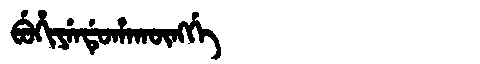
Manchu: ᠪᡠᡥᡳᠶᡝᠨᡩᡠᡥᠠᡴᡡᠩᡤᡝ
Romanization: BUHIYENDUHAKŪNGGE